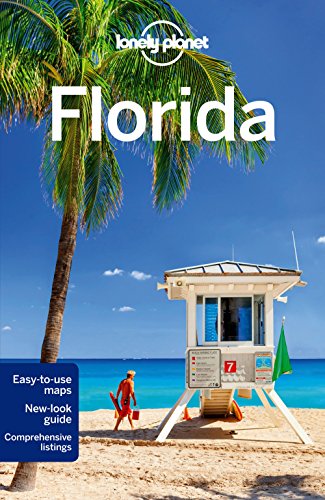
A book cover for Lonely Planet Florida (Travel Guide); Lonely Planet; Travel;